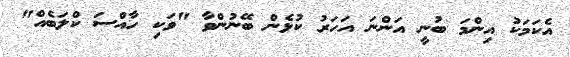
އެކަމަކު އިންމަ ބުނީ އަންނަ އަހަރު ކުޅެން ބޭނުންވާ "ވަކި ހާއްސަ ކްލަބެއް"